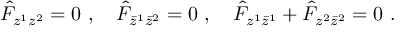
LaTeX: \hat { { F } } _ { z ^ { 1 } z ^ { 2 } } = 0 \ , \quad \hat { { F } } _ { \bar { z } ^ { 1 } \bar { z } ^ { 2 } } = 0 \ , \quad \hat { { F } } _ { z ^ { 1 } \bar { z } ^ { 1 } } + \hat { { F } } _ { z ^ { 2 } \bar { z } ^ { 2 } } = 0 \ .